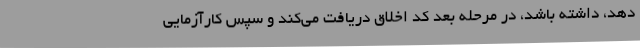
دهد، داشته باشد، در مرحله بعد کد اخلاق دریافت می‌کند و سپس کارآزمایی